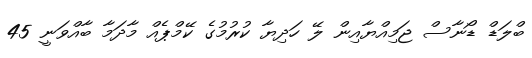
ބްލަޑް ޑޯނާސް ޖަމިއްޔާއިން ލޭ ހަދިޔާ ކުރުމުގެ ކޭމްޕެއް މާދަމާ ބާއްވަނީ 45